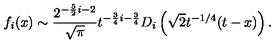
f _ { i } ( x ) \sim { \frac { 2 ^ { - { \frac { 5 } { 2 } } i - 2 } } { \sqrt \pi } } t ^ { - { \frac { 3 } { 4 } } i - { \frac { 3 } { 4 } } } D _ { i } \left( \sqrt { 2 } t ^ { - 1 / 4 } ( t - x ) \right) .